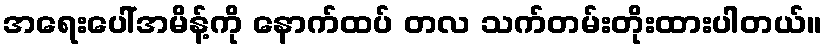
အရေးပေါ်အမိန့်ကို နောက်ထပ် တလ သက်တမ်းတိုးထားပါတယ်။